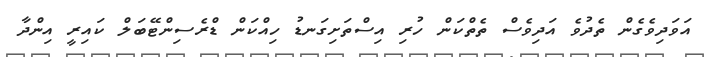
އަވަދިވެގެން ތެދުވެ އަދިވެސް ތެތްކަން ހުރި އިސްތަށިގަނޑު ހިއްކަން ޑްރެސިންޓޭބަލް ކައިރީ އިންދާ